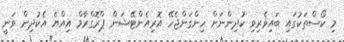
މި ކޯސްތަކުގައި ބައިވެރިވި ކުދިންނަށް ހިންގަންޖެހޭ އޮރިއެންޓޭޝަން ޕްރޮގްރާމް އިއްޔެ އެކުދިން ވަނީ